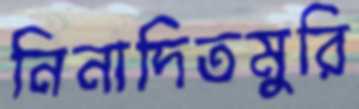
নিনাদিতমুরি